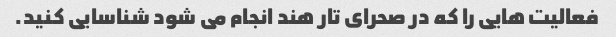
فعالیت هایی را که در صحرای تار هند انجام می شود شناسایی کنید.